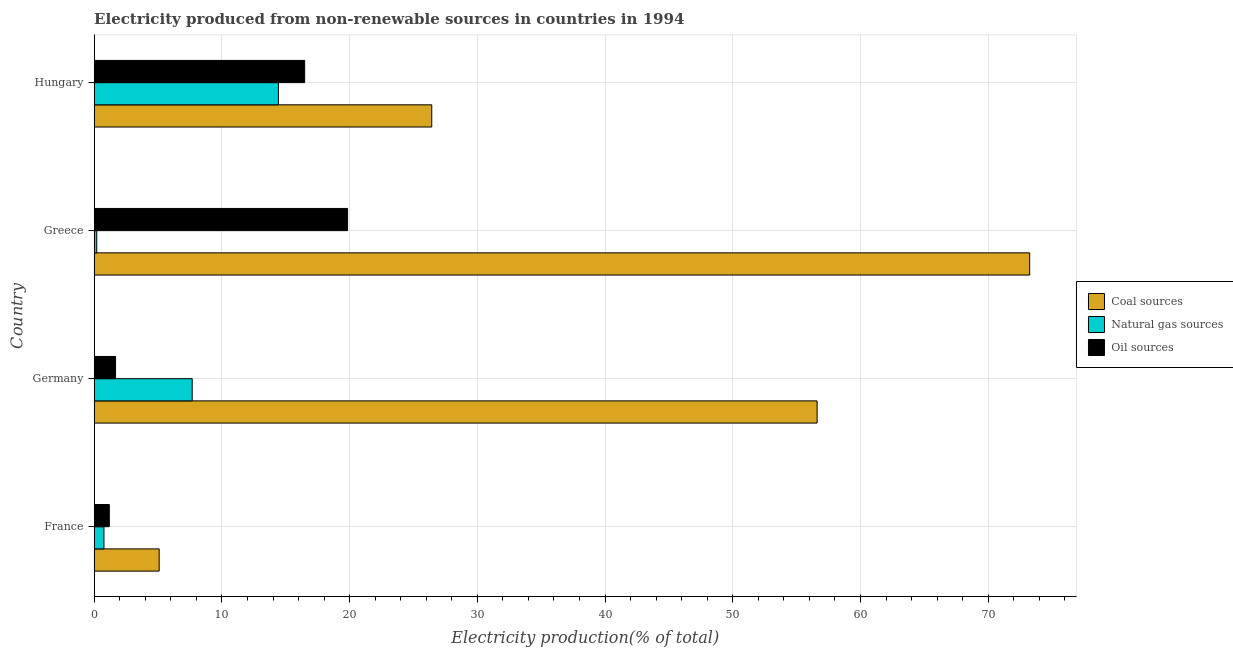
| Country | Coal sources | Natural gas sources | Oil sources |
 | --- | --- | --- | --- |
 | France | 5.09 | 0.764 | 1.18 |
 | Germany | 56.6 | 7.67 | 1.67 |
 | Greece | 73.2 | 0.198 | 19.8 |
 | Hungary | 26.4 | 14.4 | 16.5 |